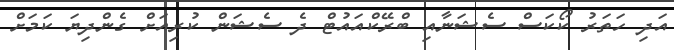
އަދި ހަތަރު ކޯކަސް ސެޝަނާއި ބްރޭކްއައުޓް ދެ ސެޝަން ކުރިއަށް ގެންދިޔަ ކަމަށް